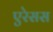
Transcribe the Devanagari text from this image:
एरेसस